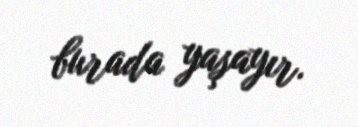
burada yaşayır.